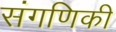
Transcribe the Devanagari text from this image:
संगणिकी